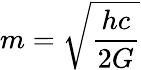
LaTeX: m={\sqrt{\frac{hc}{2G}}}